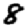
Digit: 8